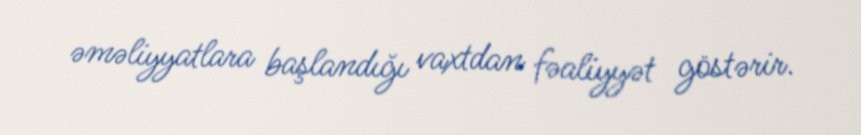
əməliyyatlara başlandığı vaxtdan fəaliyyət göstərir.